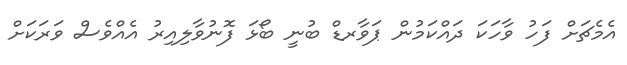
އެމެޗަށް ފަހު ވާހަކަ ދައްކަމުން ޕަވާރޑް ބުނީ ބޯޅަ ފޮނުވާލިއިރު އެއްވެސް ވަރަކަށް